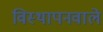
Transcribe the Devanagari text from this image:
विस्थापनवाले